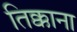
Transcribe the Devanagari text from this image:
तिक्काना